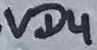
Text: VD4